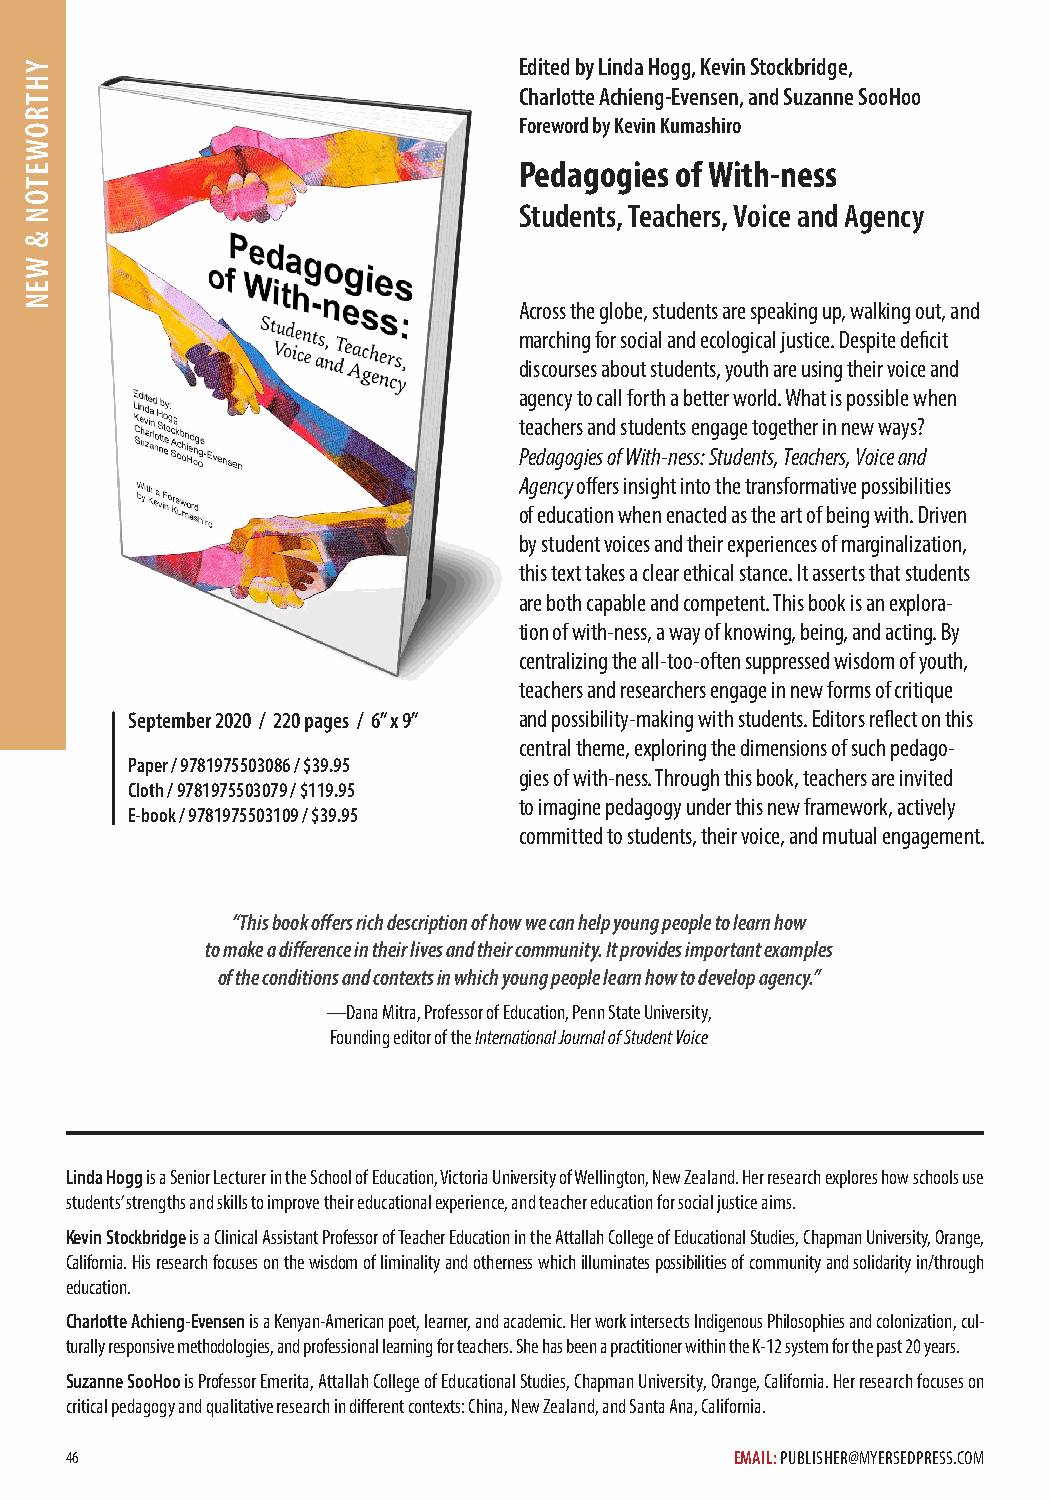
Edited by Linda Hogg, Kevin Stockbridge,
 Charlotte Achieng-Evensen, and Suzanne SooHoo
 Foreword by Kevin Kumashiro
 Pedagogies of With-ness
 Students, Teachers, Voice and Agency
 Across the globe, students are speaking up, walking out, and
 marching for social and ecological justice. Despite deficit
 discourses about students, youth are using their voice and
 agency to call forth a better world. What is possible when
 teachers and students engage together in new ways?
 Pedagogies of With-ness: Students, Teachers, Voice and
 Agency offers insight into the transformative possibilities
 of education when enacted as the art of being with. Driven
 by student voices and their experiences of marginalization,
 this text takes a clear ethical stance. It asserts that students
 are both capable and competent. This book is an explora-
 tion of with-ness, a way of knowing, being, and acting. By
 centralizing the all-too-often suppressed wisdom of youth,
 teachers and researchers engage in new forms of critique
 September 2020 / 220 pages / 6” x 9” and possibility-making with students. Editors reflect on this
 central theme, exploring the dimensions of such pedago-
 Paper / 9781975503086 / $39.95
 gies of with-ness. Through this book, teachers are invited
 Cloth / 9781975503079 / $119.95
 to imagine pedagogy under this new framework, actively
 E-book / 9781975503109 / $39.95
 committed to students, their voice, and mutual engagement.
 “This book offers rich description of how we can help young people to learn how
 to make a difference in their lives and their community. It provides important examples
 of the conditions and contexts in which young people learn how to develop agency.”
 —Dana Mitra, Professor of Education, Penn State University,
 Founding editor of the International Journal of Student Voice
 Linda Hogg is a Senior Lecturer in the School of Education, Victoria University of Wellington, New Zealand. Her research explores how schools use
 students’ strengths and skills to improve their educational experience, and teacher education for social justice aims.
 Kevin Stockbridge is a Clinical Assistant Professor of Teacher Education in the Attallah College of Educational Studies, Chapman University, Orange,
 California. His research focuses on the wisdom of liminality and otherness which illuminates possibilities of community and solidarity in/through
 education.
 Charlotte Achieng-Evensen is a Kenyan-American poet, learner, and academic. Her work intersects Indigenous Philosophies and colonization, cul-
 turally responsive methodologies, and professional learning for teachers. She has been a practitioner within the K-12 system for the past 20 years.
 Suzanne SooHoo is Professor Emerita, Attallah College of Educational Studies, Chapman University, Orange, California. Her research focuses on
 critical pedagogy and qualitative research in different contexts: China, New Zealand, and Santa Ana, California.
 46                                           EMAIL: PUBLISHER@MYERSEDPRESS.COM
 YHTROWETON
 &
 WEN